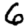
Digit: 6